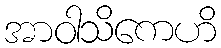
အာဝါသိကေဟိ